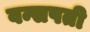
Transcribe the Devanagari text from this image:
वन्सपती